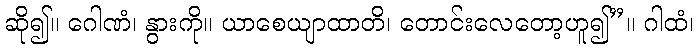
ဆို၍။ ဂေါဏံ၊ နွားကို။ ယာစေယျာထာတိ၊ တောင်းလေတော့ဟူ၍”။ ဂါထံ၊